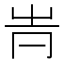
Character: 𠕓